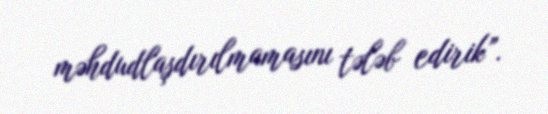
məhdudlaşdırılmamasını tələb edirik”.